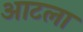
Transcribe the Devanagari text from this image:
आटला